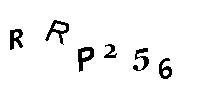
RRP256